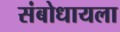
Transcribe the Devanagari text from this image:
संबोधायला